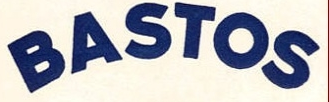
BASTOS